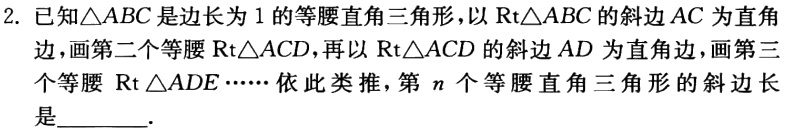
2. 已知\(\triangle ABC\)是边长为\(1\)的等腰直角三角形，以\(\text{Rt}\triangle ABC\)的斜边\(AC\)为直角边，画第二个等腰\(\text{Rt}\triangle ACD\)，再以\(\text{Rt}\triangle ACD\)的斜边\(AD\)为直角边，画第三个等腰\(\text{Rt}\triangle ADE\cdots\cdots\)依此类推，第\(n\)个等腰直角三角形的斜边长是  。